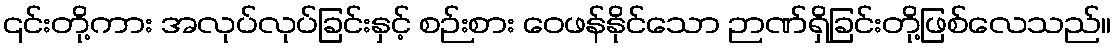
၎င်းတို့ကား အလုပ်လုပ်ခြင်းနှင့် စဉ်းစား ဝေဖန်နိုင်သော ဉာဏ်ရှိခြင်းတို့ဖြစ်လေသည်။